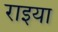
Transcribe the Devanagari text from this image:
राइया